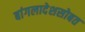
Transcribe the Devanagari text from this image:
बांगलादेशसोबत